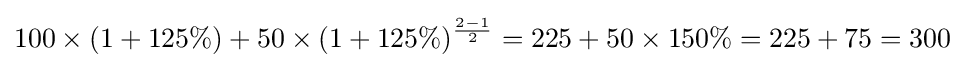
100\times (1+125\%)+50\times (1+125\%)^{\frac {2-1}{2}}=225+50\times 150\%=225+75=300